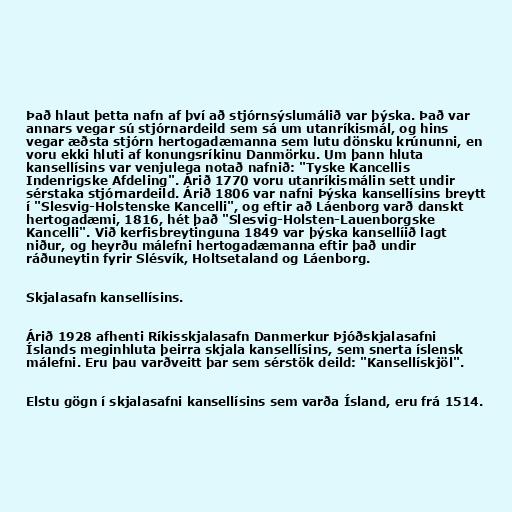
Það hlaut þetta nafn af því að stjórnsýslumálið var þýska. Það var
annars vegar sú stjórnardeild sem sá um utanríkismál, og hins
vegar æðsta stjórn hertogadæmanna sem lutu dönsku krúnunni, en
voru ekki hluti af konungsríkinu Danmörku. Um þann hluta
kansellísins var venjulega notað nafnið: "Tyske Kancellis
Indenrigske Afdeling". Árið 1770 voru utanríkismálin sett undir
sérstaka stjórnardeild. Árið 1806 var nafni Þýska kansellísins breytt
í "Slesvig-Holstenske Kancelli", og eftir að Láenborg varð danskt
hertogadæmi, 1816, hét það "Slesvig-Holsten-Lauenborgske
Kancelli". Við kerfisbreytinguna 1849 var þýska kansellíið lagt
niður, og heyrðu málefni hertogadæmanna eftir það undir
ráðuneytin fyrir Slésvík, Holtsetaland og Láenborg.

Skjalasafn kansellísins.

Árið 1928 afhenti Ríkisskjalasafn Danmerkur Þjóðskjalasafni
Íslands meginhluta þeirra skjala kansellísins, sem snerta íslensk
málefni. Eru þau varðveitt þar sem sérstök deild: "Kansellískjöl".

Elstu gögn í skjalasafni kansellísins sem varða Ísland, eru frá 1514.